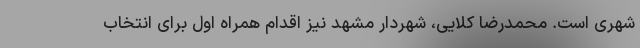
شهری است. محمدرضا کلایی، شهردار مشهد نیز اقدام همراه اول برای انتخاب